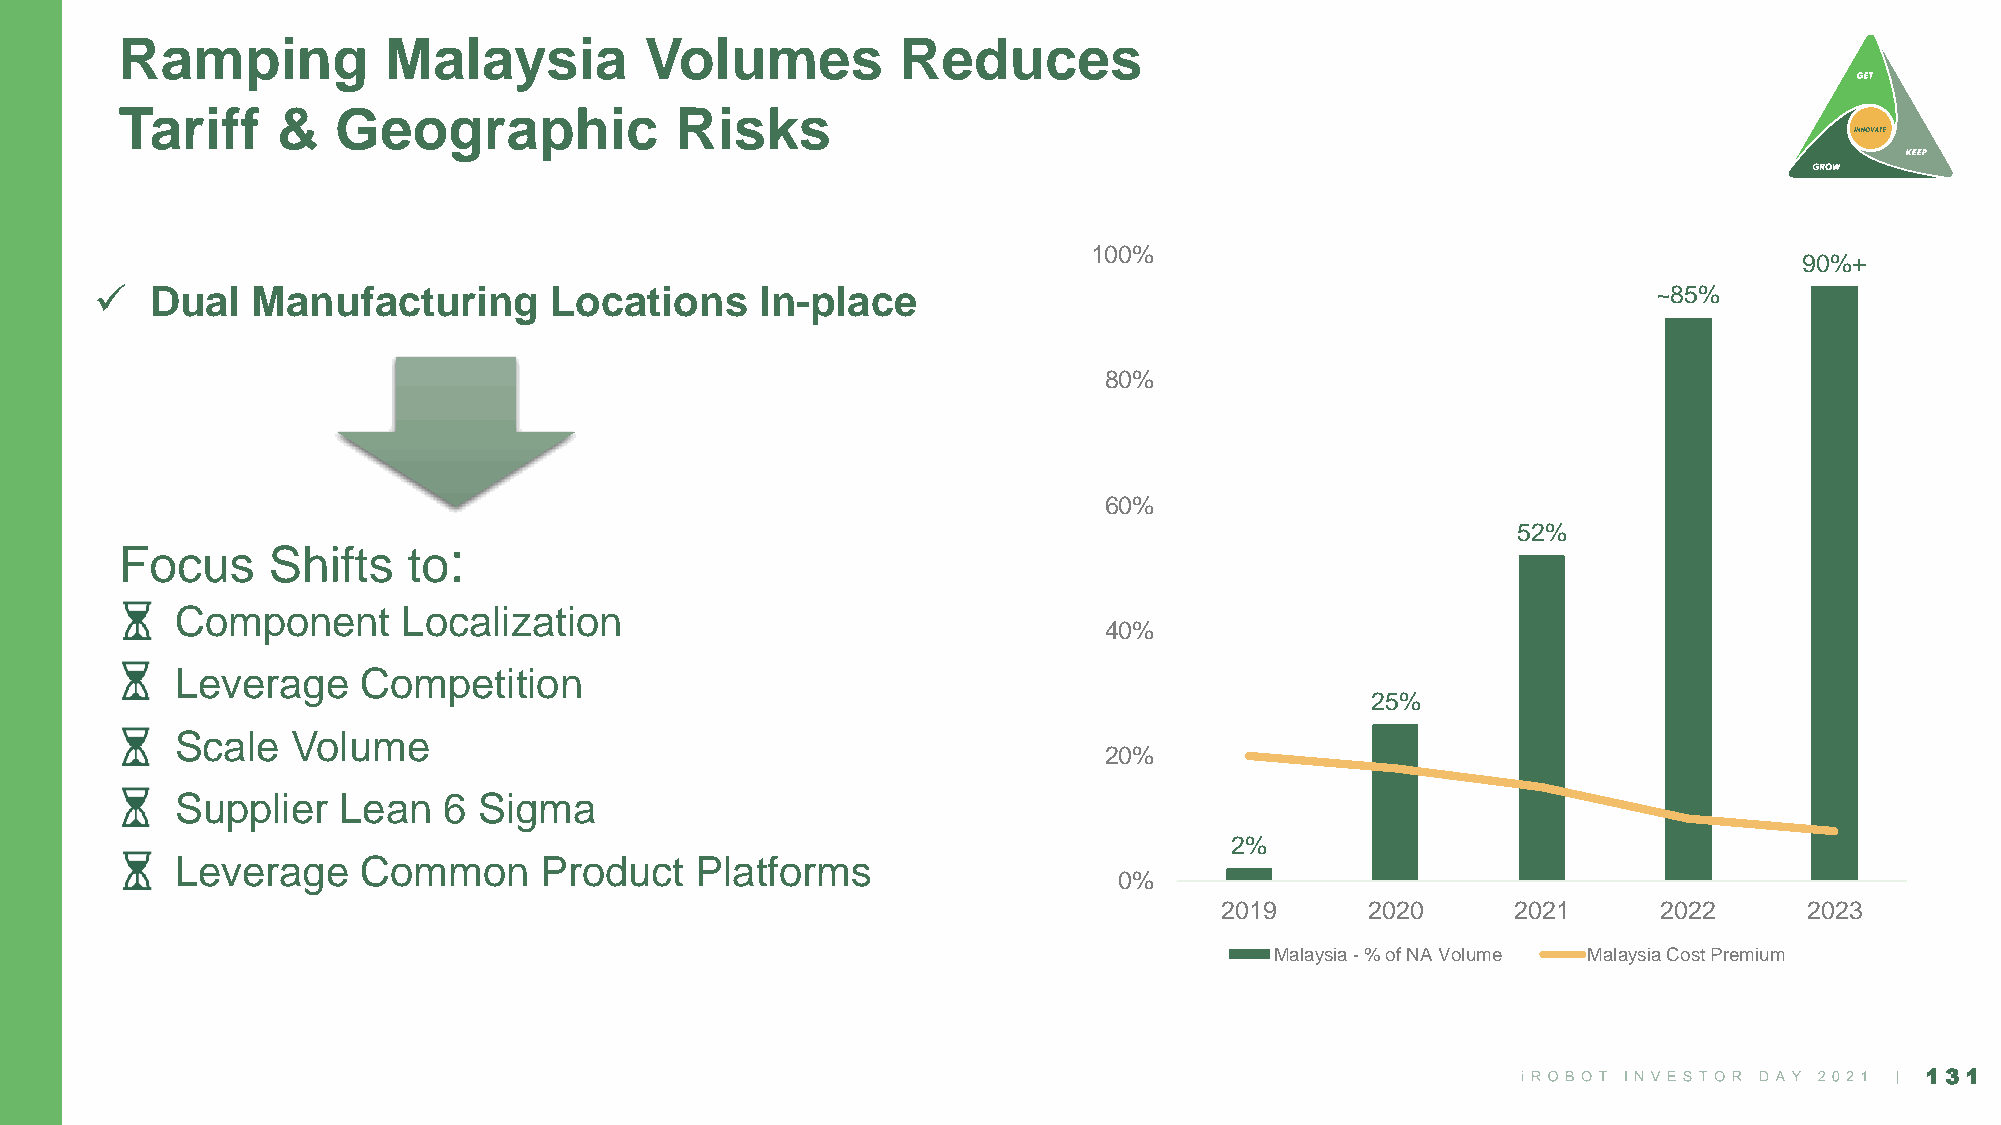
Ramping          Malaysia          Volumes          Reduces
 Tariff    &   Geographic             Risks
 100%
 90%+
 ✓   Dual   Manufacturing      Locations     In-place                                                    ~85%
 80%
 60%
 52%
 :
 Focus     Shifts   to
 Component      Localization
 40%
 Leverage    Competition
 25%
 Scale  Volume
 20%
 Supplier  Lean   6  Sigma
 2%
 Leverage    Common      Product   Platforms
 0%
 2019      2020     2021      2022      2023
 Malaysia - % of NA Volume Malaysia Cost Premium
 131